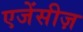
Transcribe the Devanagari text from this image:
एजेंसीज़